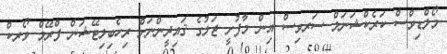
މޯލްޑިވްސް ކަރެކްޝަނަލް ސަރވިސް އިން މާފުށީ ޖަލުގެ ޤައިދީންނަށް ރިހެބިލިޓޭޝަން ފްރޭމް ވޯރކް